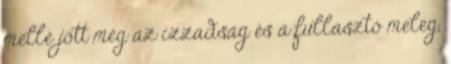
mellé jött még az izzadság és a fullasztó meleg,